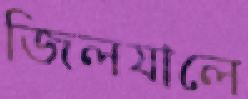
জিলযালে